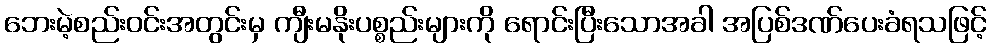
ဘေးမဲ့စည်းဝင်းအတွင်းမှ ကျီးမနိုးပစ္စည်းများကို ရောင်းပြီးသောအခါ အပြစ်ဒဏ်ပေးခံရသဖြင့်